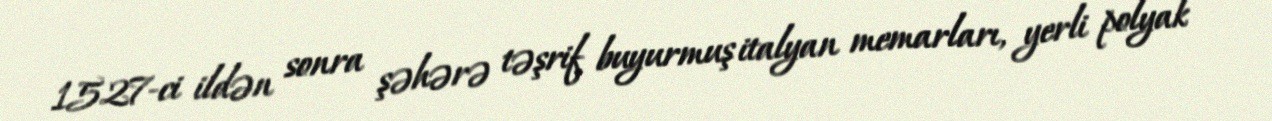
1527-ci ildən sonra şəhərə təşrif buyurmuş italyan memarları, yerli polyak